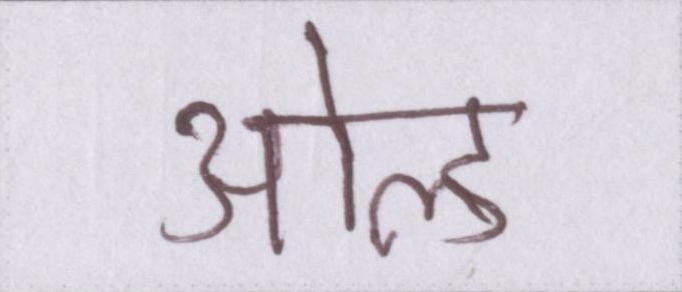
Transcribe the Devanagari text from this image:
ओल्ड